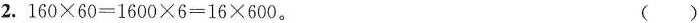
2.$$160\times 60=1600\times 6=16\times 600$$。 ( )